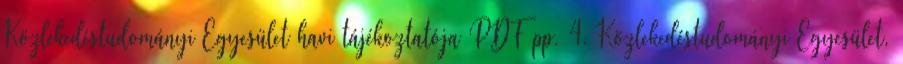
Közlekedéstudományi Egyesület havi tájékoztatója PDF pp. 4. Közlekedéstudományi Egyesület,